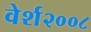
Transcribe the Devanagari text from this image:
वेर्श२००८